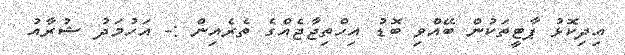
އިދިކޮޅު ޕާޓީތަކުން ބޭއްވި ބޮޑު އިހްތިޖާޖެއްގެ ތެރެއިން :- އަހުމަދު ޝުރާއު